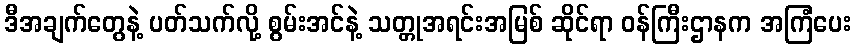
ဒီအချက်တွေနဲ့ ပတ်သက်လို့ စွမ်းအင်နဲ့ သတ္တုအရင်းအမြစ် ဆိုင်ရာ ဝန်ကြီးဌာနက အကြံပေး